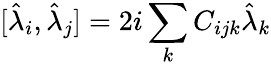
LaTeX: [\hat{\lambda}_{i},\hat{\lambda}_{j}]=2i\sum_{k}C_{ijk}\hat{\lambda}_{k}